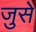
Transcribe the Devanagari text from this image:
जुसे